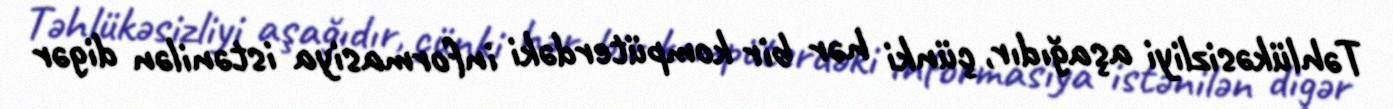
Təhlükəsizliyi aşağıdır, çünki hər bir kompüterdəki informasiya istənilən digər